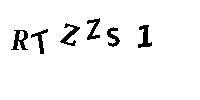
RTZZS1